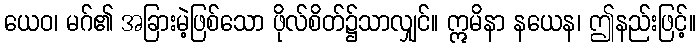
ယေဝ၊ မဂ်၏ အခြားမဲ့ဖြစ်သော ဖိုလ်စိတ်၌သာလျှင်။ ဣမိနာ နယေန၊ ဤနည်းဖြင့်။